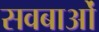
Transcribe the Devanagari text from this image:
सवबाओं